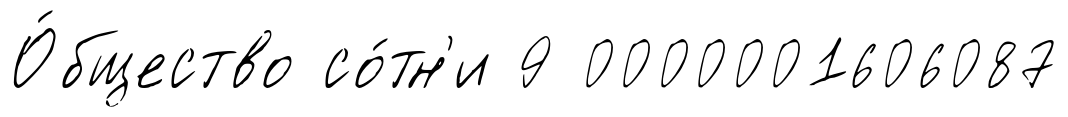
О́бщество со́тн'и 9 0000001606087